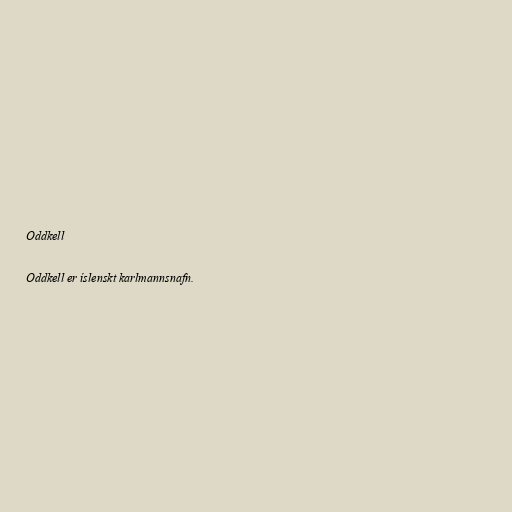
Oddkell

Oddkell er íslenskt karlmannsnafn.